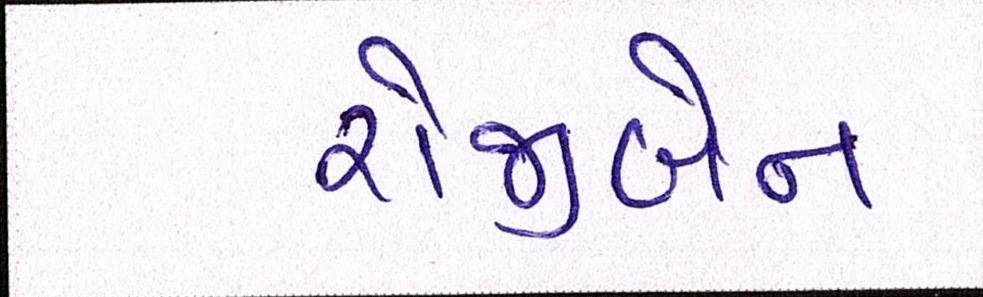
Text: રોજીબેન